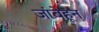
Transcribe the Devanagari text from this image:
जांबेहून